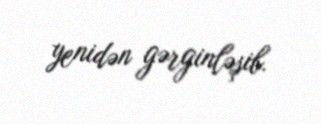
yenidən gərginləşib.